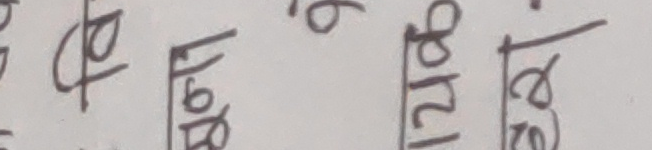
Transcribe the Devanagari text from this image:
वर्गमूल १/७९ वर्गमूल ६ वर्गमूल २/१८ वर्गमूल १/८०